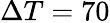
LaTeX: \Delta T=70